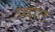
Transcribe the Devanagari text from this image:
प्वांट